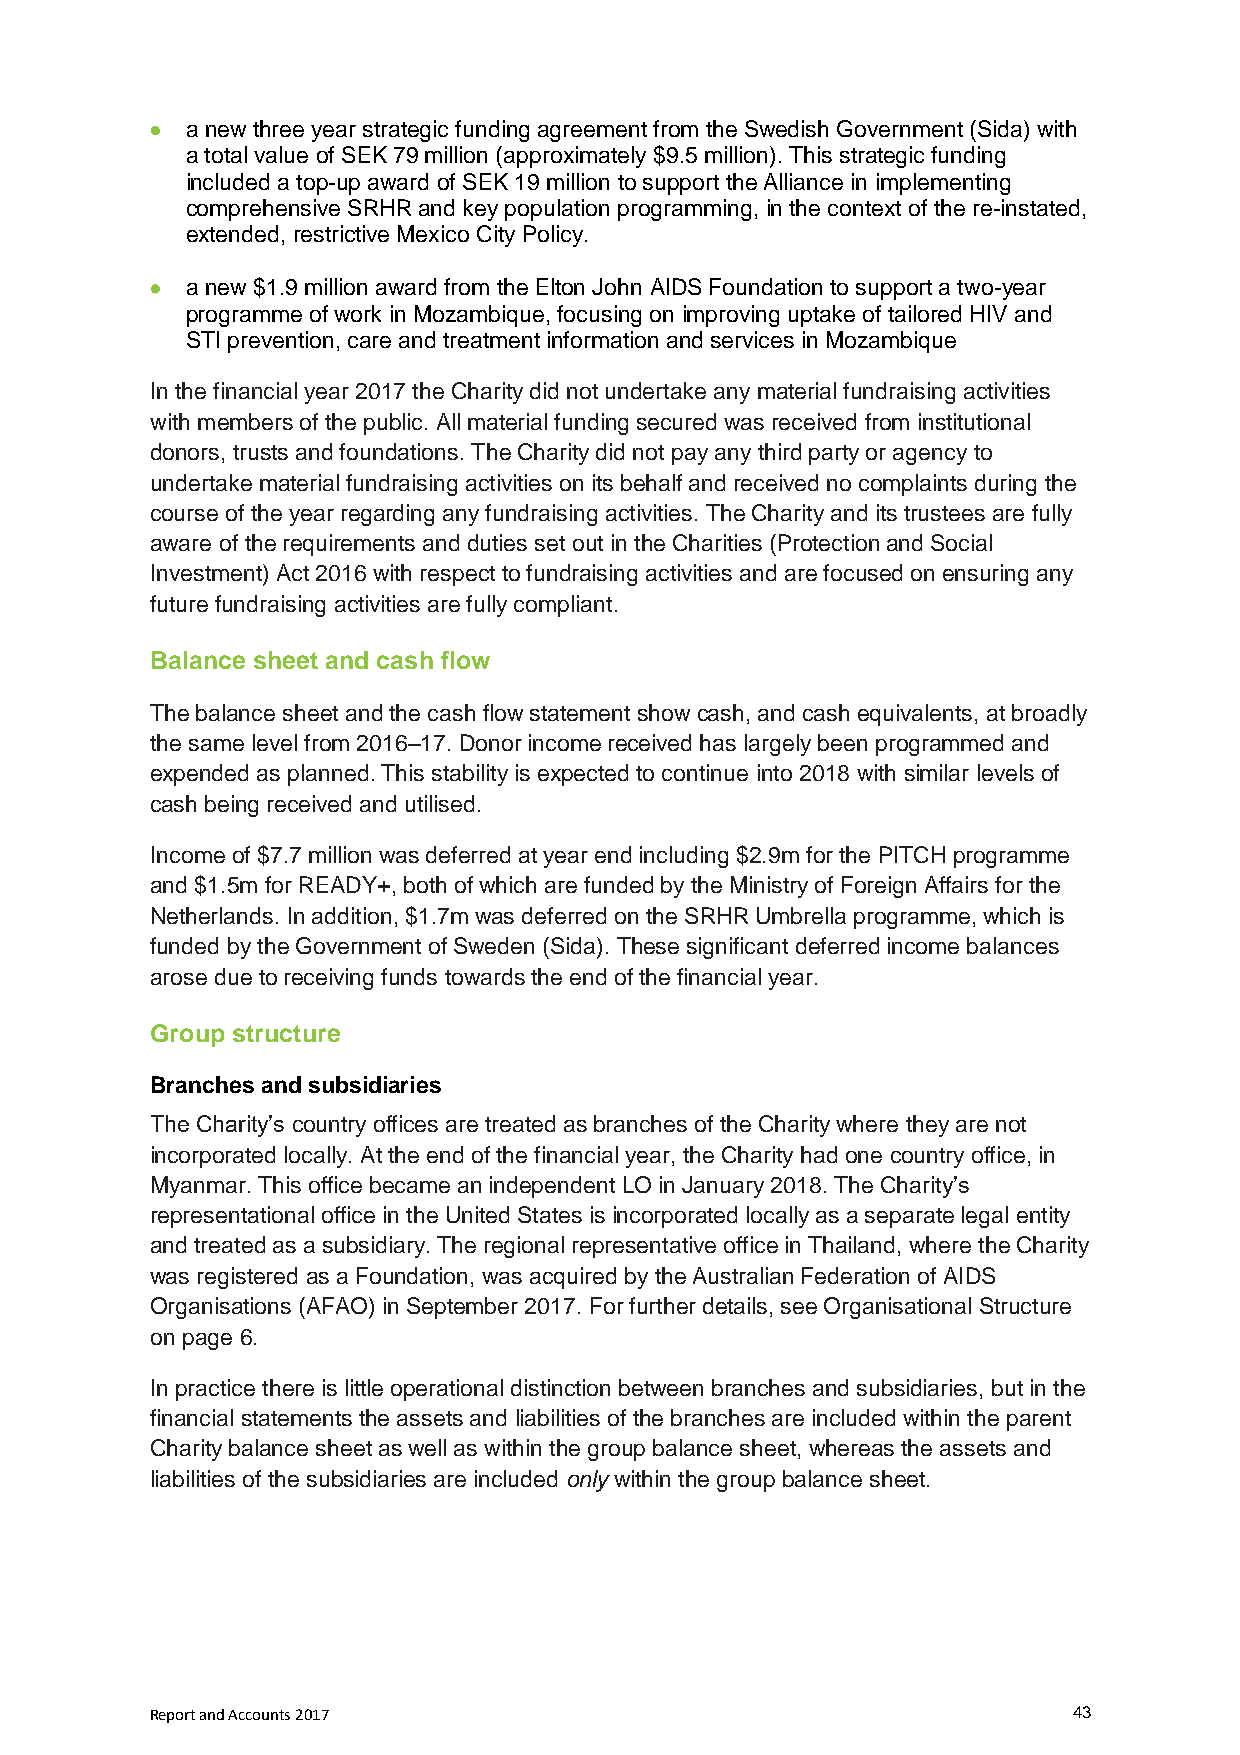
 a new three year strategic funding agreement from the Swedish Government (Sida) with
 a total value of SEK 79 million (approximately $9.5 million). This strategic funding
 included a top-up award of SEK 19 million to support the Alliance in implementing
 comprehensive SRHR and key population programming, in the context of the re-instated,
 extended, restrictive Mexico City Policy.
  a new $1.9 million award from the Elton John AIDS Foundation to support a two-year
 programme of work in Mozambique, focusing on improving uptake of tailored HIV and
 STI prevention, care and treatment information and services in Mozambique
 In the financial year 2017 the Charity did not undertake any material fundraising activities
 with members of the public. All material funding secured was received from institutional
 donors, trusts and foundations. The Charity did not pay any third party or agency to
 undertake material fundraising activities on its behalf and received no complaints during the
 course of the year regarding any fundraising activities. The Charity and its trustees are fully
 aware of the requirements and duties set out in the Charities (Protection and Social
 Investment) Act 2016 with respect to fundraising activities and are focused on ensuring any
 future fundraising activities are fully compliant.
 Balance sheet and cash flow
 The balance sheet and the cash flow statement show cash, and cash equivalents, at broadly
 the same level from 2016–17. Donor income received has largely been programmed and
 expended as planned. This stability is expected to continue into 2018 with similar levels of
 cash being received and utilised.
 Income of $7.7 million was deferred at year end including $2.9m for the PITCH programme
 and $1.5m for READY+, both of which are funded by the Ministry of Foreign Affairs for the
 Netherlands. In addition, $1.7m was deferred on the SRHR Umbrella programme, which is
 funded by the Government of Sweden (Sida). These significant deferred income balances
 arose due to receiving funds towards the end of the financial year.
 Group structure
 Branches and subsidiaries
 The Charity’s country offices are treated as branches of the Charity where they are not
 incorporated locally. At the end of the financial year, the Charity had one country office, in
 Myanmar. This office became an independent LO in January 2018. The Charity’s
 representational office in the United States is incorporated locally as a separate legal entity
 and treated as a subsidiary. The regional representative office in Thailand, where the Charity
 was registered as a Foundation, was acquired by the Australian Federation of AIDS
 Organisations (AFAO) in September 2017. For further details, see Organisational Structure
 on page 6.
 In practice there is little operational distinction between branches and subsidiaries, but in the
 financial statements the assets and liabilities of the branches are included within the parent
 Charity balance sheet as well as within the group balance sheet, whereas the assets and
 liabilities of the subsidiaries are included only within the group balance sheet.
 Report and Accounts 2017                                     43